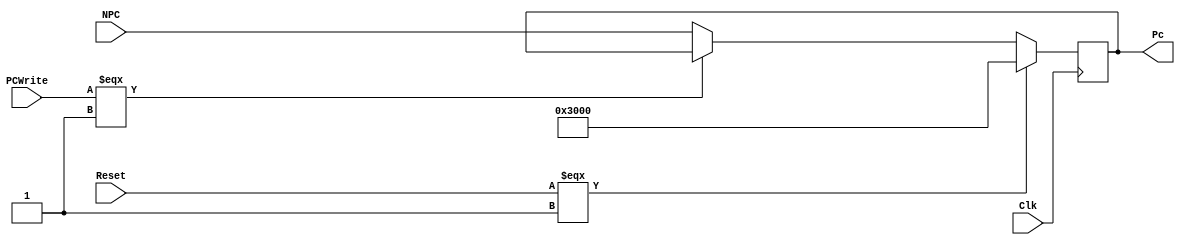
module PC(
    input Clk,
	 input Reset,
	 input [31:0]NPC,
	 input PCWrite,
	 output [31:0]Pc
	 );
	 reg [31:0]Pc; 
	 always @(posedge Clk) begin
		if (Reset === 1) begin
			Pc = 32'h0000_3000;
		end
		else if (PCWrite === 1) begin
			Pc = Pc;
		end
		else begin
			Pc = NPC;
		end
	 end
endmodule